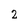
Character: 2